Sanitation, dispensaries and jails vaccination Rajputana 1922-1927 - 1922-1927
Year: 1922
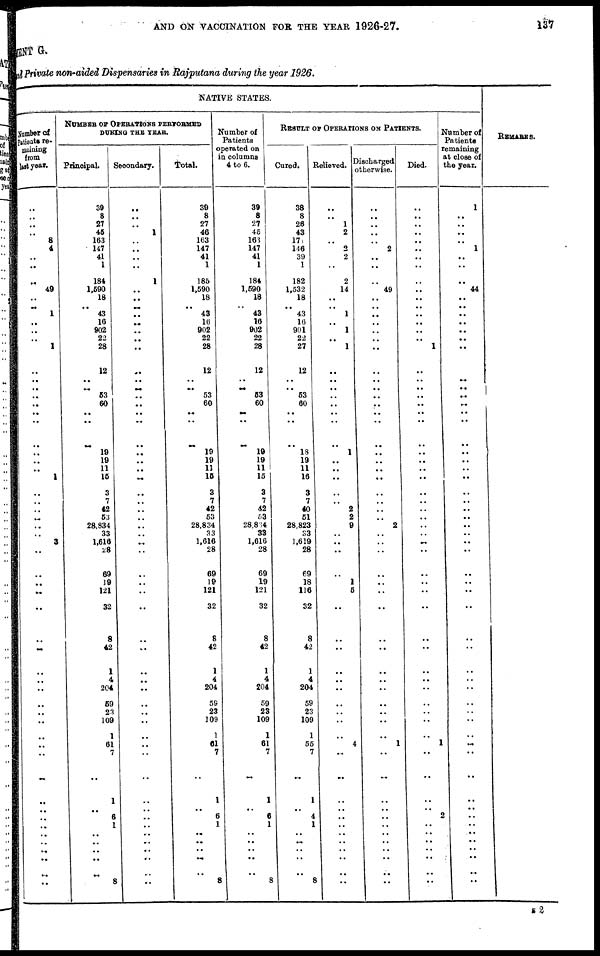
AND ON VACCINATION FOR THE YEAR 1926-27.
137
MENT G.
and Private non-aided Dispensaries in Rajputana during the year 1926.
NATIVE STATES.
Number of
Patients re-
maining
from
last year.
..
..
..
..
8
4
..
..
..
49
..
.. 1
..
..
..
1
..
..
..
..
..
..
..
..
..
..
...
1
..
..
..
..
..
..
3
..
..
..
..
..
..
..
..
..
..
..
..
..
..
..
..
..
..
..
..
..
..
..
..
..
..
NUMBER OF OPERATIONS PERFORMED
DURING THE YEAR.
Principal.
39
8
27
45
163
147
41
1
184
1,590
18
.. 43
16
902
22
28
12
..
.. 53
60
..
..
..
19
19
11
15
3
7
42
53
28,834
33
1,616
28
69
19
121
32
8
42
1
4
204
59
23
109
1
61
7
..
1
.. 6
1
..
..
..
..
8
Secondary.
..
..
..
1
..
..
..
..
1
.. ..
..
..
...
..
..
..
..
..
..
..
..
..
..
..
..
..
..
..
..
..
..
..
..
..
...
..
..
..
..
..
..
..
..
..
..
..
..
..
..
..
..
..
..
..
..
..
..
..
..
..
..
Total.
39
8
27
46
163
147
41
1
185
1,590
18
.. 43
16
902
22
28
12
..
.. 53
60
..
..
..
19
19
11
15
3
7
42
53
28,834
33
1,616
28
69
19
121
32
8
42
1
4
204
59
23
109
1
61
7
..
1
.. 6
1
..
..
..
..
8
Number of
Patients
operated on
in columns
4 to 6.
39
8
27
45
163
147
41
1
184
1,590
18
..
43
16
902
22
28
12
..
.. 53
60
..
..
..
19
19
11
15
3
7
42
53
28,834
33
1,616
28
69
19
121
32
8
42
1
4
204
59
23
109
1
61
7
..
1
.. 6
1
..
..
..
..
8
RESULT OF OPERATIONS ON PATIENTS.
Cured.
38
8
26
43
171
146
39
1
182
1,532
18
.. 43
16
901
22
27
12
..
.. 53
60
..
..
..
18
19
11
16
3
7
40
51
28,823
33
1,619
28
69
18
116
32
8
42
1
4
204
59
23
109
1
55
7
..
1
.. 4
1
..
..
..
..
8
Relieved.
..
..
1
2
..
2
2
..
2
14
..
.. 1
..
1
..
1
..
..
..
..
..
..
..
..
1
..
..
..
..
..
2
2
9
..
..
..
..
1
5
..
..
..
..
..
..
..
..
..
..
4
..
..
..
..
..
..
..
..
..
..
..
Discharged
otherwise.
..
..
..
..
..
2
..
..
..
49
..
..
..
..
..
..
..
..
..
..
..
..
..
..
..
..
..
..
..
..
..
..
..
2
..
..
..
..
..
..
..
..
..
..
..
..
..
..
..
..
1
..
..
..
..
..
..
..
..
..
..
..
Died.
..
..
..
..
..
..
..
..
..
.. ..
..
..
..
..
..
1
..
..
..
..
..
..
..
..
..
..
..
..
..
..
..
..
..
..
..
..
..
..
..
..
..
..
..
..
..
..
..
..
..
1
..
..
..
.. 2
..
..
..
..
..
..
Number of
Patients
remaining
at close of
the year.
1
..
..
..
..
1
..
..
..
44
..
..
..
..
..
..
..
..
..
..
..
..
..
..
..
..
..
..
..
..
..
..
..
..
..
..
..
..
..
..
..
..
..
..
..
..
..
..
..
..
..
..
..
..
..
..
..
..
..
..
..
..
REMARKS.
S 2